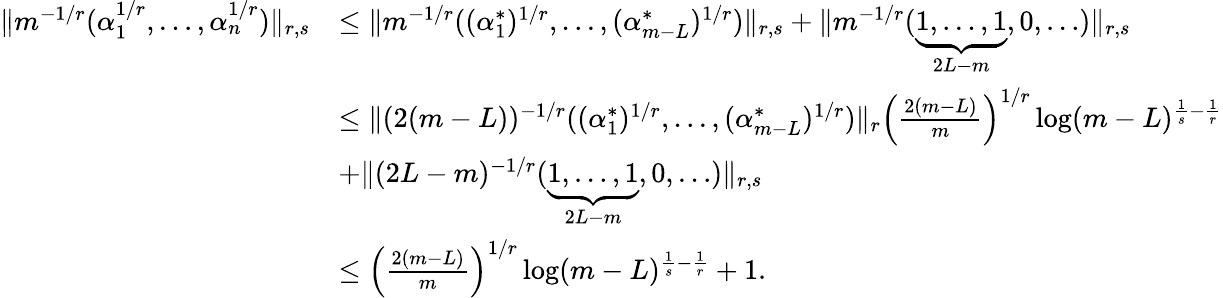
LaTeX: \begin{array}{rl}{\| m^{-1/r}(\alpha_{1}^{1/r},\dots,\alpha_{n}^{1/r})\| _{r,s}}&{\le\| m^{-1/r}((\alpha_{1}^{*})^{1/r},\dots,(\alpha_{m-L}^{*})^{1/r})\| _{r,s}+\| m^{-1/r}(\underbrace{1,\dots,1}_{2L-m},0,\dots)\| _{r,s}}\\ &{\le\| (2(m-L))^{-1/r}((\alpha_{1}^{*})^{1/r},\dots,(\alpha_{m-L}^{*})^{1/r})\| _{r}\Big(\frac{2(m-L)}{m}\Big)^{1/r}\log(m-L)^{\frac 1{s}-\frac 1{r}}}\\ &{+\| (2L-m)^{-1/r}(\underbrace{1,\dots,1}_{2L-m},0,\dots)\| _{r,s}}\\ &{\le\Big(\frac{2(m-L)}{m}\Big)^{1/r}\log(m-L)^{\frac 1{s}-\frac 1{r}}+1.}\end{array}